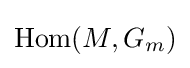
\operatorname {Hom} (M,G_{m})